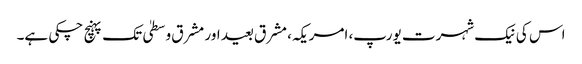
اس کی نیک شہرت یورپ، امریکہ، مشرق بعید اور مشرق وسطیٰ تک پہنچ چکی ہے۔